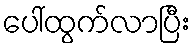
ပေါ်ထွက်လာပြီး